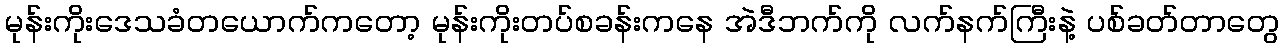
မုန်းကိုးဒေသခံတယောက်ကတော့ မုန်းကိုးတပ်စခန်းကနေ အဲဒီဘက်ကို လက်နက်ကြီးနဲ့ ပစ်ခတ်တာတွေ